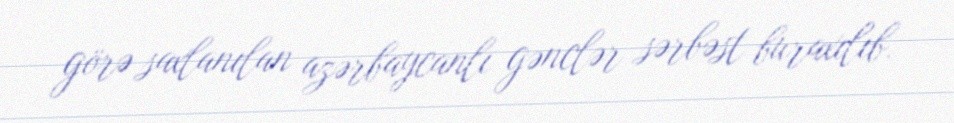
görə saxlanılan azərbaycanlı gənclər sərbəst buraxılıb.